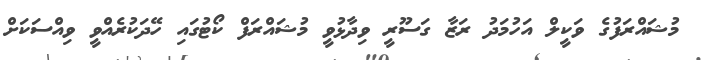
މުޝައްރަފުގެ ވަކީލް އަހުމަދު ރަޒާ ގަސޫރީ ވިދާޅުވީ މުޝައްރަފް ކޯޓުގައި ހޭދަކުރެއްވީ ވިއްސަކަށް